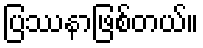
ပြဿနာဖြစ်တယ်။